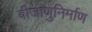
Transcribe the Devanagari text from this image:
बीजाणुनिर्माण